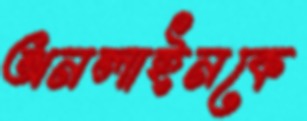
অনলাইনকে